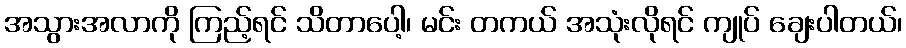
အသွားအလာကို ကြည့်ရင် သိတာပေါ့၊ မင်း တကယ် အသုံးလိုရင် ကျုပ် ချေးပါတယ်၊